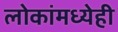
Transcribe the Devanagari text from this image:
लोकांमध्येही